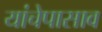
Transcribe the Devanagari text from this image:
यांचेपासाव